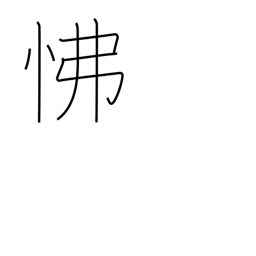
Meaning: anger